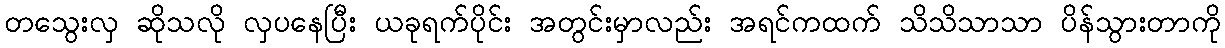
တသွေးလှ ဆိုသလို လှပနေပြီး ယခုရက်ပိုင်း အတွင်းမှာလည်း အရင်ကထက် သိသိသာသာ ပိန်သွားတာကို